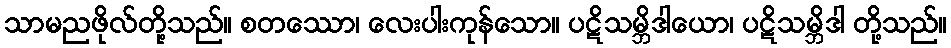
သာမညဖိုလ်တို့သည်။ စတဿော၊ လေးပါးကုန်သော။ ပဋိသမ္ဘိဒါယော၊ ပဋိသမ္ဘိဒါ တို့သည်။